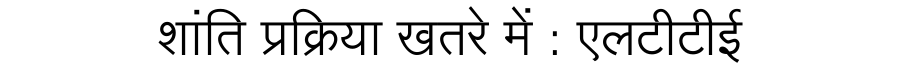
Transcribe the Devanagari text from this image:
शांति प्रक्रिया खतरे में : एलटीटीई